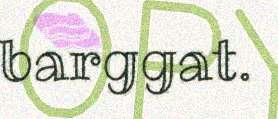
barggat.